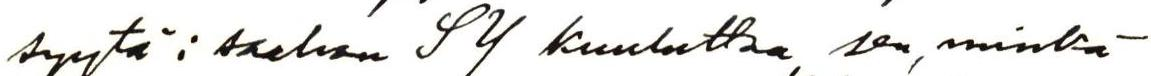
syytä: saahan SY kuuluttaa sen, minkä